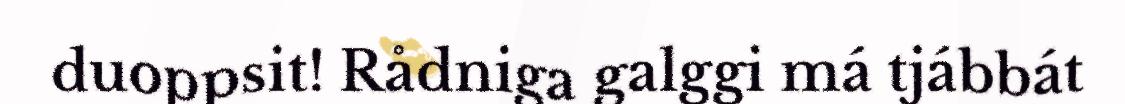
duoppsit! Rådniga galggi má tjábbát